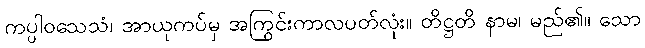
ကပ္ပါဝသေသံ၊ အာယုကပ်မှ အကြွင်းကာလပတ်လုံး။ တိဋ္ဌတိ နာမ၊ မည်၏။ သော